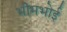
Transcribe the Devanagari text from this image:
भीमभोई